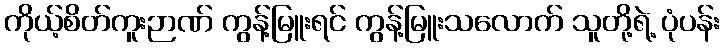
ကိုယ့်စိတ်ကူးဉာဏ် ကွန့်မြူးရင် ကွန့်မြူးသလောက် သူတို့ရဲ့ ပုံပန်း